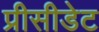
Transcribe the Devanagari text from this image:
प्रीसीडेट